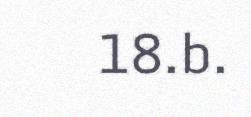
18.b.